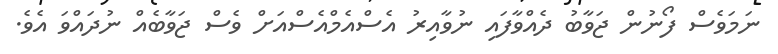
ނަމަވެސް ފޯނުން ޖަވާބު ދެއްވާފައި ނުވާއިރު އެސްއެމްއެސްއަށް ވެސް ޖަވާބެއް ނުދައްވަ އެވެ.